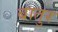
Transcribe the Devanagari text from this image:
बातुर